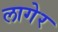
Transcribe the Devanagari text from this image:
लागेर